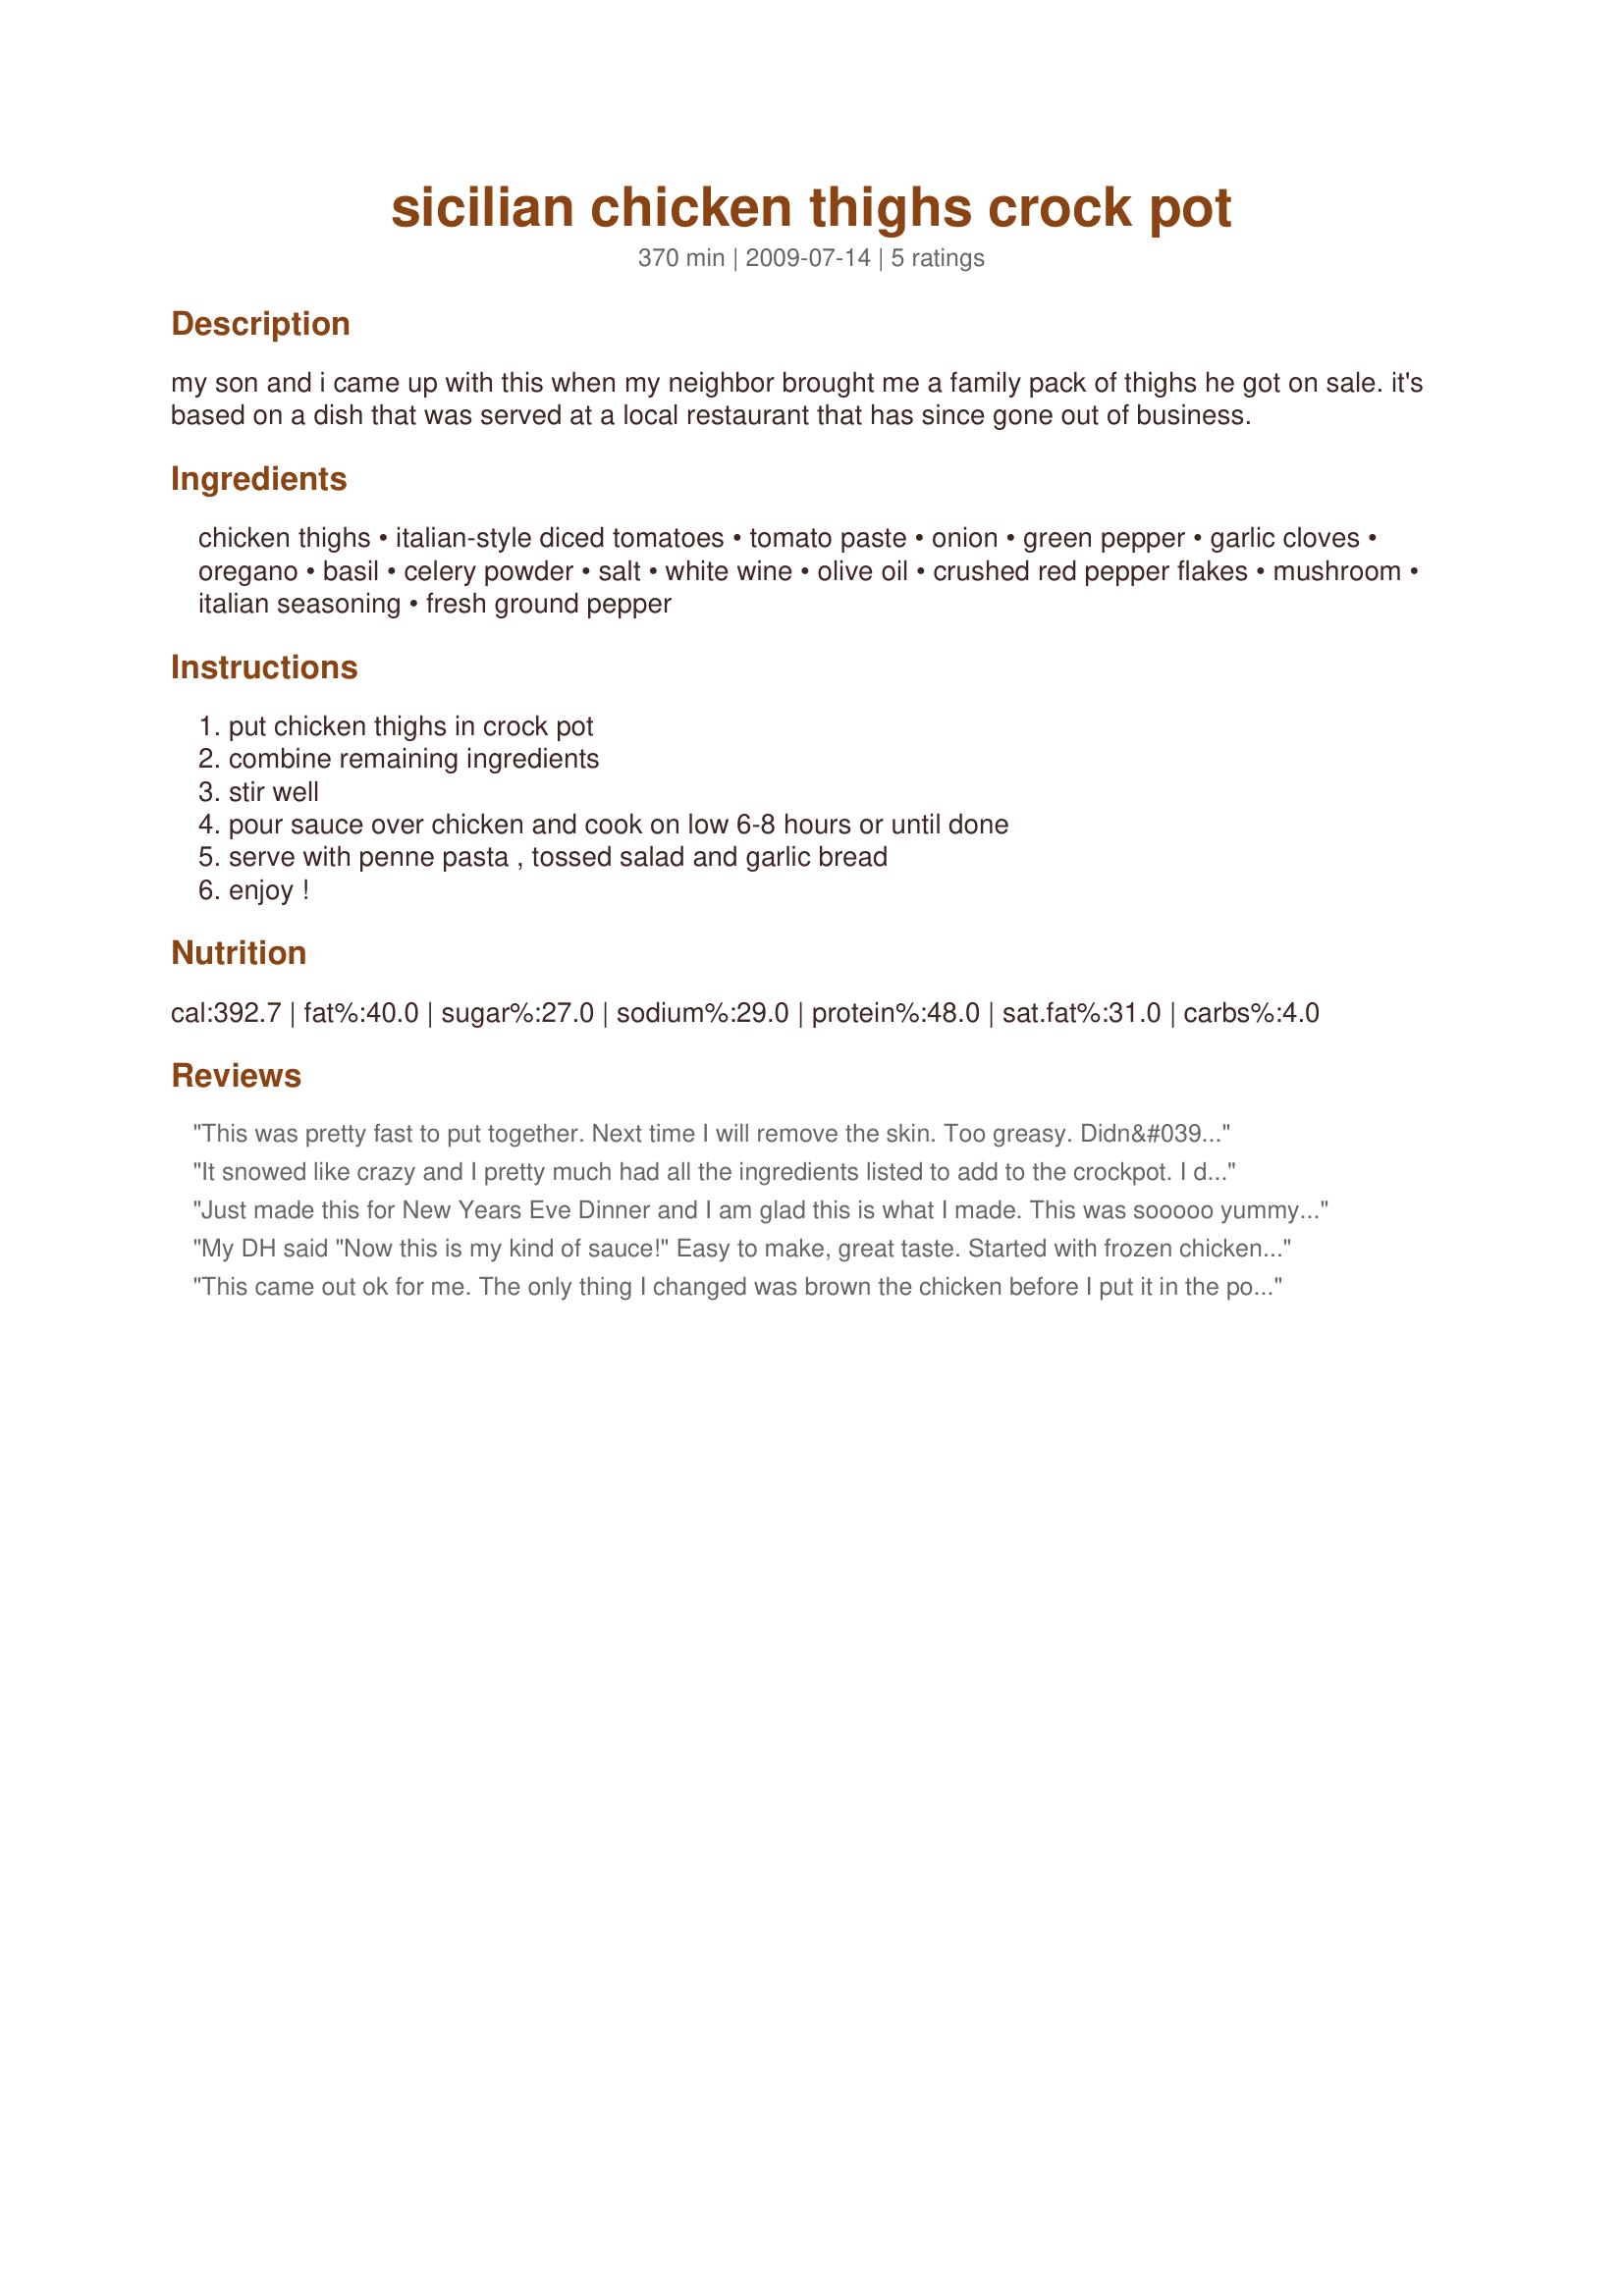
sicilian chicken thighs crock pot
Preparation time: 370 minutes

my son and i came up with this when my neighbor brought me a family pack of thighs he got on sale. it's based on a dish that was served at a local restaurant that has since gone out of business.

Ingredients:
chicken thighs, italian-style diced tomatoes, tomato paste, onion, green pepper, garlic cloves, oregano, basil, celery powder, salt, white wine, olive oil, crushed red pepper flakes, mushroom, italian seasoning, fresh ground pepper

Steps:
put chicken thighs in crock pot, combine remaining ingredients, stir well, pour sauce over chicken and cook on low 6-8 hours or until done, serve with penne pasta , tossed salad and garlic bread, enjoy !

Reviews:
This was pretty fast to put together. Next time I will remove the skin. Too greasy. Didn&#039;t have all the spices called for but, through together some things I had in the cabinet and the husband loved it. Made wide egg noodles this time to go with it.
It snowed like crazy and I pretty much had all the ingredients listed to add to the crockpot. I didn't have tomato paste, mushrooms or a green pepper. I used red wine and stuck with the rest of the recipe. Cooked for six hours on low. Fell off the bone ... Make sure you have lots of bread to soak up all the delicious sauce. Its a keeper for sure !!!! Thank you CJAY for sharing ! Snowbound with a dinner I'd go out and pay for !!!!
Just made this for New Years Eve Dinner and I am glad this is what I made. This was sooooo yummy! The meat just fell off of the bones and was full of flavor. Even my picky husband gave it two thumbs up........as a rule he doesn't care for chicken on the bone but this was perfect for him. (This needs more stars.) I did have to modify the recipe a tad as I didn't have everything and was unable to make a run to the store. But it was still delicious. I didn't have any wine so I used chicken broth, had no bell peppers so I used frozen chopped broccoli, also didn't have a fresh onion so I used a bit of frozen pre-chopped onion, omitted the celery powder as I didn't have any, and used a small can of tomatoe sauce as we didn't have any tomatoe paste. It still turned out wonderful, and I can hardly wait to make this again with all of the correct ingredients.......although I probably will still include the broccoli as it tasted awesome. This is a keeper!
My DH said "Now this is my kind of sauce!" Easy to make, great taste. Started with frozen chicken thighs and it was done at 3 hours on high in the crockpot. Used red wine instead of white because that's what I had.
This came out ok for me. The only thing I changed was brown the chicken before I put it in the pot. The basil and oregano in the sauce were way overpowering, so maybe next time, I will skip both and only do Italian seasoning since both are in there anyway. Also, it was a bit too spicy so I would cut the red pepper flakes in half. Thanks for sharing :-)
